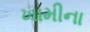
ખામીના